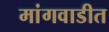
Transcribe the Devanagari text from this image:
मांगवाडीत